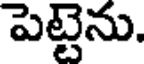
పెట్టెను.